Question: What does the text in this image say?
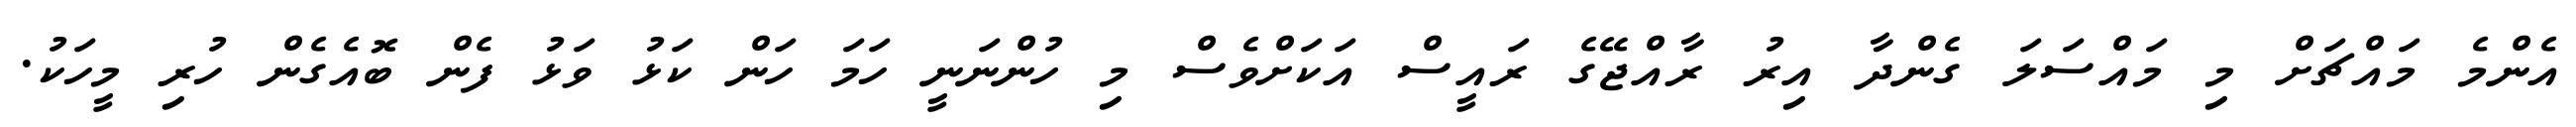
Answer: އެންމެ މައްޗަށް މި މައްސަލަ ގެންދާ އިރު ރާއްޖޭގެ ރައީސް އަކަށްވެސް މި ހުންނަނީ ހަމަ ހަން ކަޅު ވަޅު ފެން ބޮއެގެން ހުރި މީހަކު.